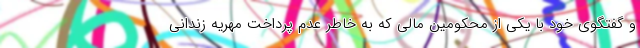
و گفتگوی خود با یکی از محکومین مالی که به خاطر عدم پرداخت مهریه زندانی